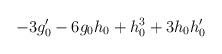
LaTeX: \begin{align*}-3 g_{0}' -6 g_{0} h_{0} +h_{0}^{3} +3 h_{0} h_{0}'\end{align*}